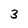
Character: 3